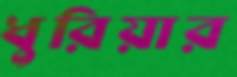
ধুরিয়ার